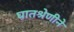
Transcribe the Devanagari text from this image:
घातश्रेणीने